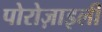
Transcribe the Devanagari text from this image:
पोरोज़ाइली